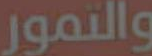
والتمور